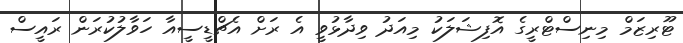
ޓޫރިޒަމް މިނިސްޓްރީގެ އޮފިޝަލަކު މިއަދު ވިދާޅުވީ އެ ރަށް އެޗްޑީސީއާ ހަވާލުކުރަން ރައީސް